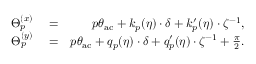
\begin{array} { r l r } { \Theta _ { p } ^ { ( x ) } } & { { } = } & { p \theta _ { \mathrm { a c } } + k _ { p } ( \eta ) \cdot \delta + k _ { p } ^ { \prime } ( \eta ) \cdot \zeta ^ { - 1 } , } \\ { \Theta _ { p } ^ { ( y ) } } & { { } = } & { p \theta _ { \mathrm { a c } } + q _ { p } ( \eta ) \cdot \delta + q _ { p } ^ { \prime } ( \eta ) \cdot \zeta ^ { - 1 } + \frac { \pi } { 2 } . } \end{array}